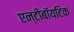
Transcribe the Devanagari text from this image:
एन्टीबॉयटिक